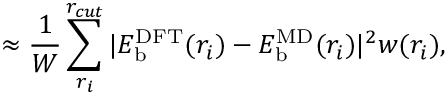
\approx \frac { 1 } { W } \sum _ { r _ { i } } ^ { r _ { c u t } } | E _ { \mathrm { b } } ^ { \mathrm { D F T } } ( r _ { i } ) - E _ { \mathrm { b } } ^ { \mathrm { M D } } ( r _ { i } ) | ^ { 2 } w ( r _ { i } ) ,